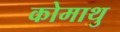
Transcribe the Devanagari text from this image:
कोमाथु